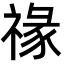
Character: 禒